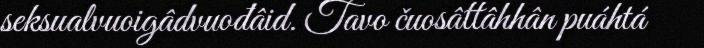
seksualvuoigâdvuođâid. Tavo čuosâttâhhân puáhtá